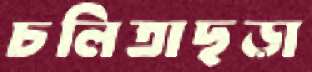
চলিতাছড়া